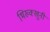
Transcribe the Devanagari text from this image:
भिख्क्खुनी